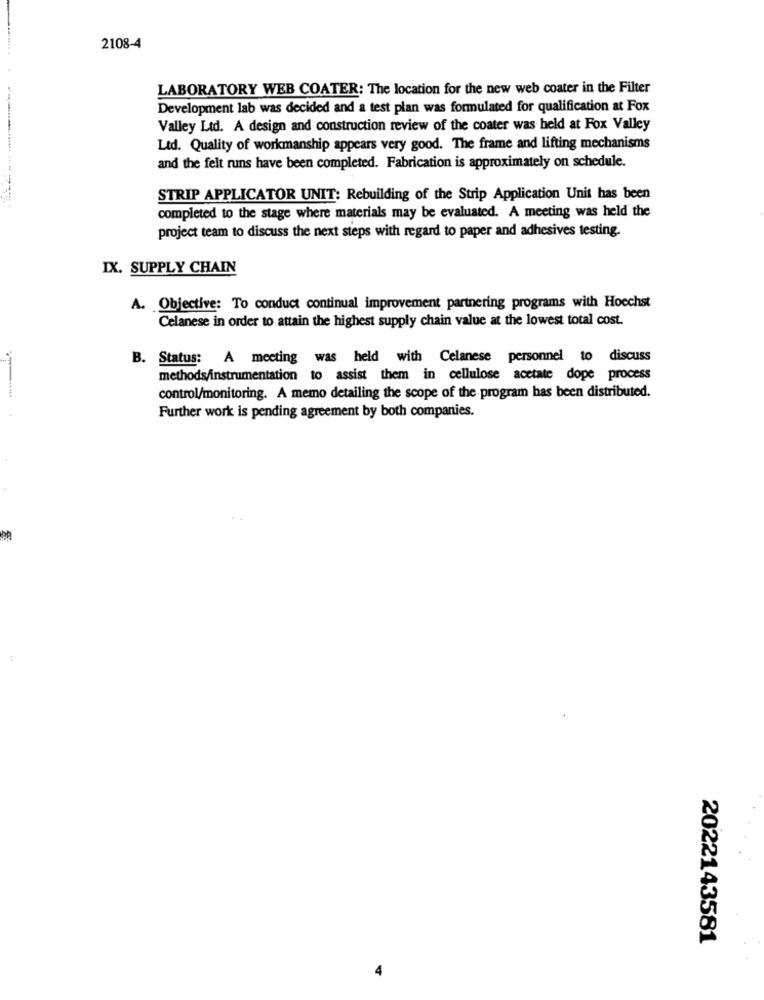
2108-4
LABORATORY WEB COATER: The location for the new web coater in the Filter
Development lab was decided and a test plan was formulated for qualification at Fox
Valley Ltd. A design and construction review of the coater was held at Fox Valley
Ltd. Quality of workmanship appears very good. The frame and lifting mechanisms
and the felt runs have been completed. Fabrication is approximately on schedule.
STRIP APPLICATOR UNIT: Rebuilding of the Strip Application Unit has been
completed to the stage where materials may be evaluated. A meeting was held the
project team to discuss the next steps with regard to paper and adhesives testing.
IX. SUPPLY CHAIN
A. Objective: To conduct continual improvement partnering programs with Hoechst
Celanese in order to attain the highest supply chain value at the lowest total cost.
B. Status: A meeting was held with Celanese personnel to discuss
methods/instrumentation to assist them in cellulose acetate dope process
control/monitoring. A memo detailing the scope of the program has been distributed.
Further work is pending agreement by both companies.
2022143581